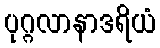
ပုဂ္ဂလာနာဒရိယံ